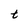
Character: t